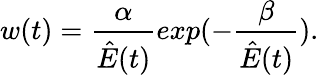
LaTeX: w(t)=\frac{\alpha}{\hat{E}(t)}exp(-\frac{\beta}{\hat{E}(t)}).